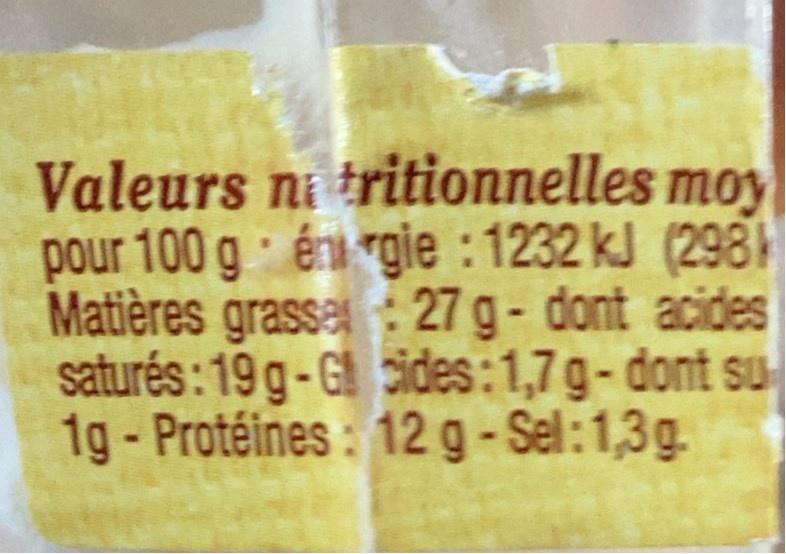
Valeurs ni tritionnelles moy pour 100 g énu rgie : 1232 kJ (2981 Matières grasse: 27 g- dont acides saturés : 19 g-G cides:1,7g-dont su 1g- Protéines: 12 g-Sel:1,3g.